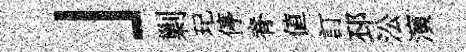
」剿玘停脊値訂邳㳂演